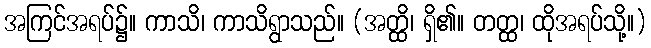
အကြင်အရပ်၌။ ကာသိ၊ ကာသိရွာသည်။ (အတ္ထိ၊ ရှိ၏။ တတ္ထ၊ ထိုအရပ်သို့။)